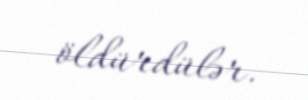
öldürdülər.